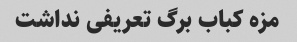
مزه کباب برگ تعریفی نداشت